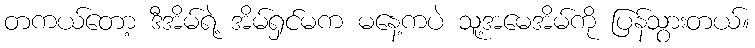
တကယ်တော့ ဒီအိမ်ရဲ့ အိမ်ရှင်မက မနေ့ကပဲ သူ့အမေအိမ်ကို ပြန်သွားတယ်။